Annual report on the lock hospitals of the Madras Presidency
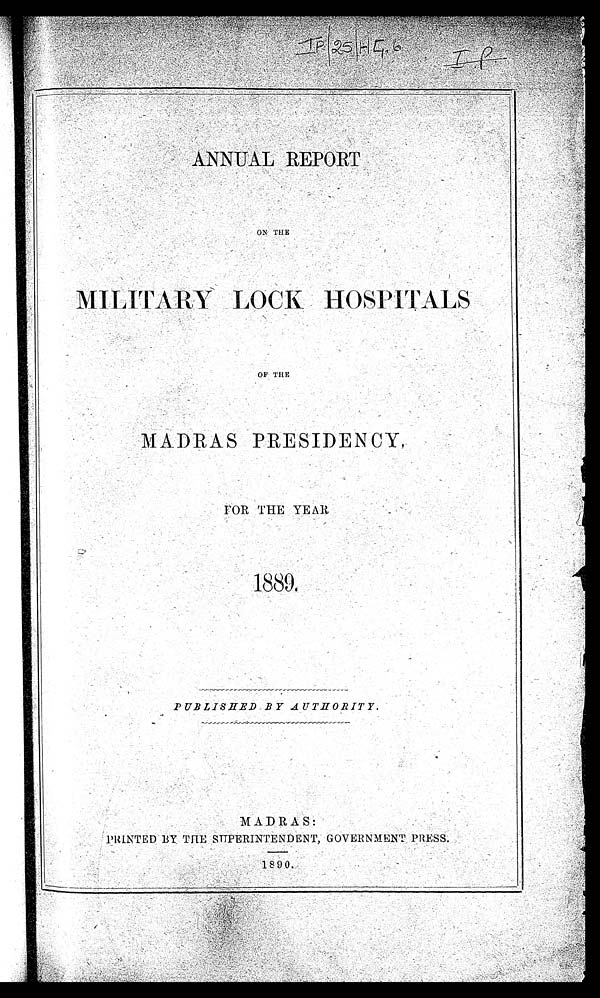
ANNUAL REPORT
ON THE
MILITARY LOCK HOSPITALS
OF THE
MADRAS PRESIDENCY,
FOR THE YEAR
1889.
PUBLISHED BY AUTHORITY.
MADRA S:
PRINTED BY THE SUPERINTENDENT, GOVERNMENT PRESS.
1890.